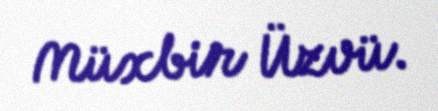
Müxbir Üzvü.